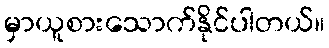
မှာယူစားသောက်နိုင်ပါတယ်။